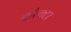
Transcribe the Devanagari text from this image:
करैक्टर